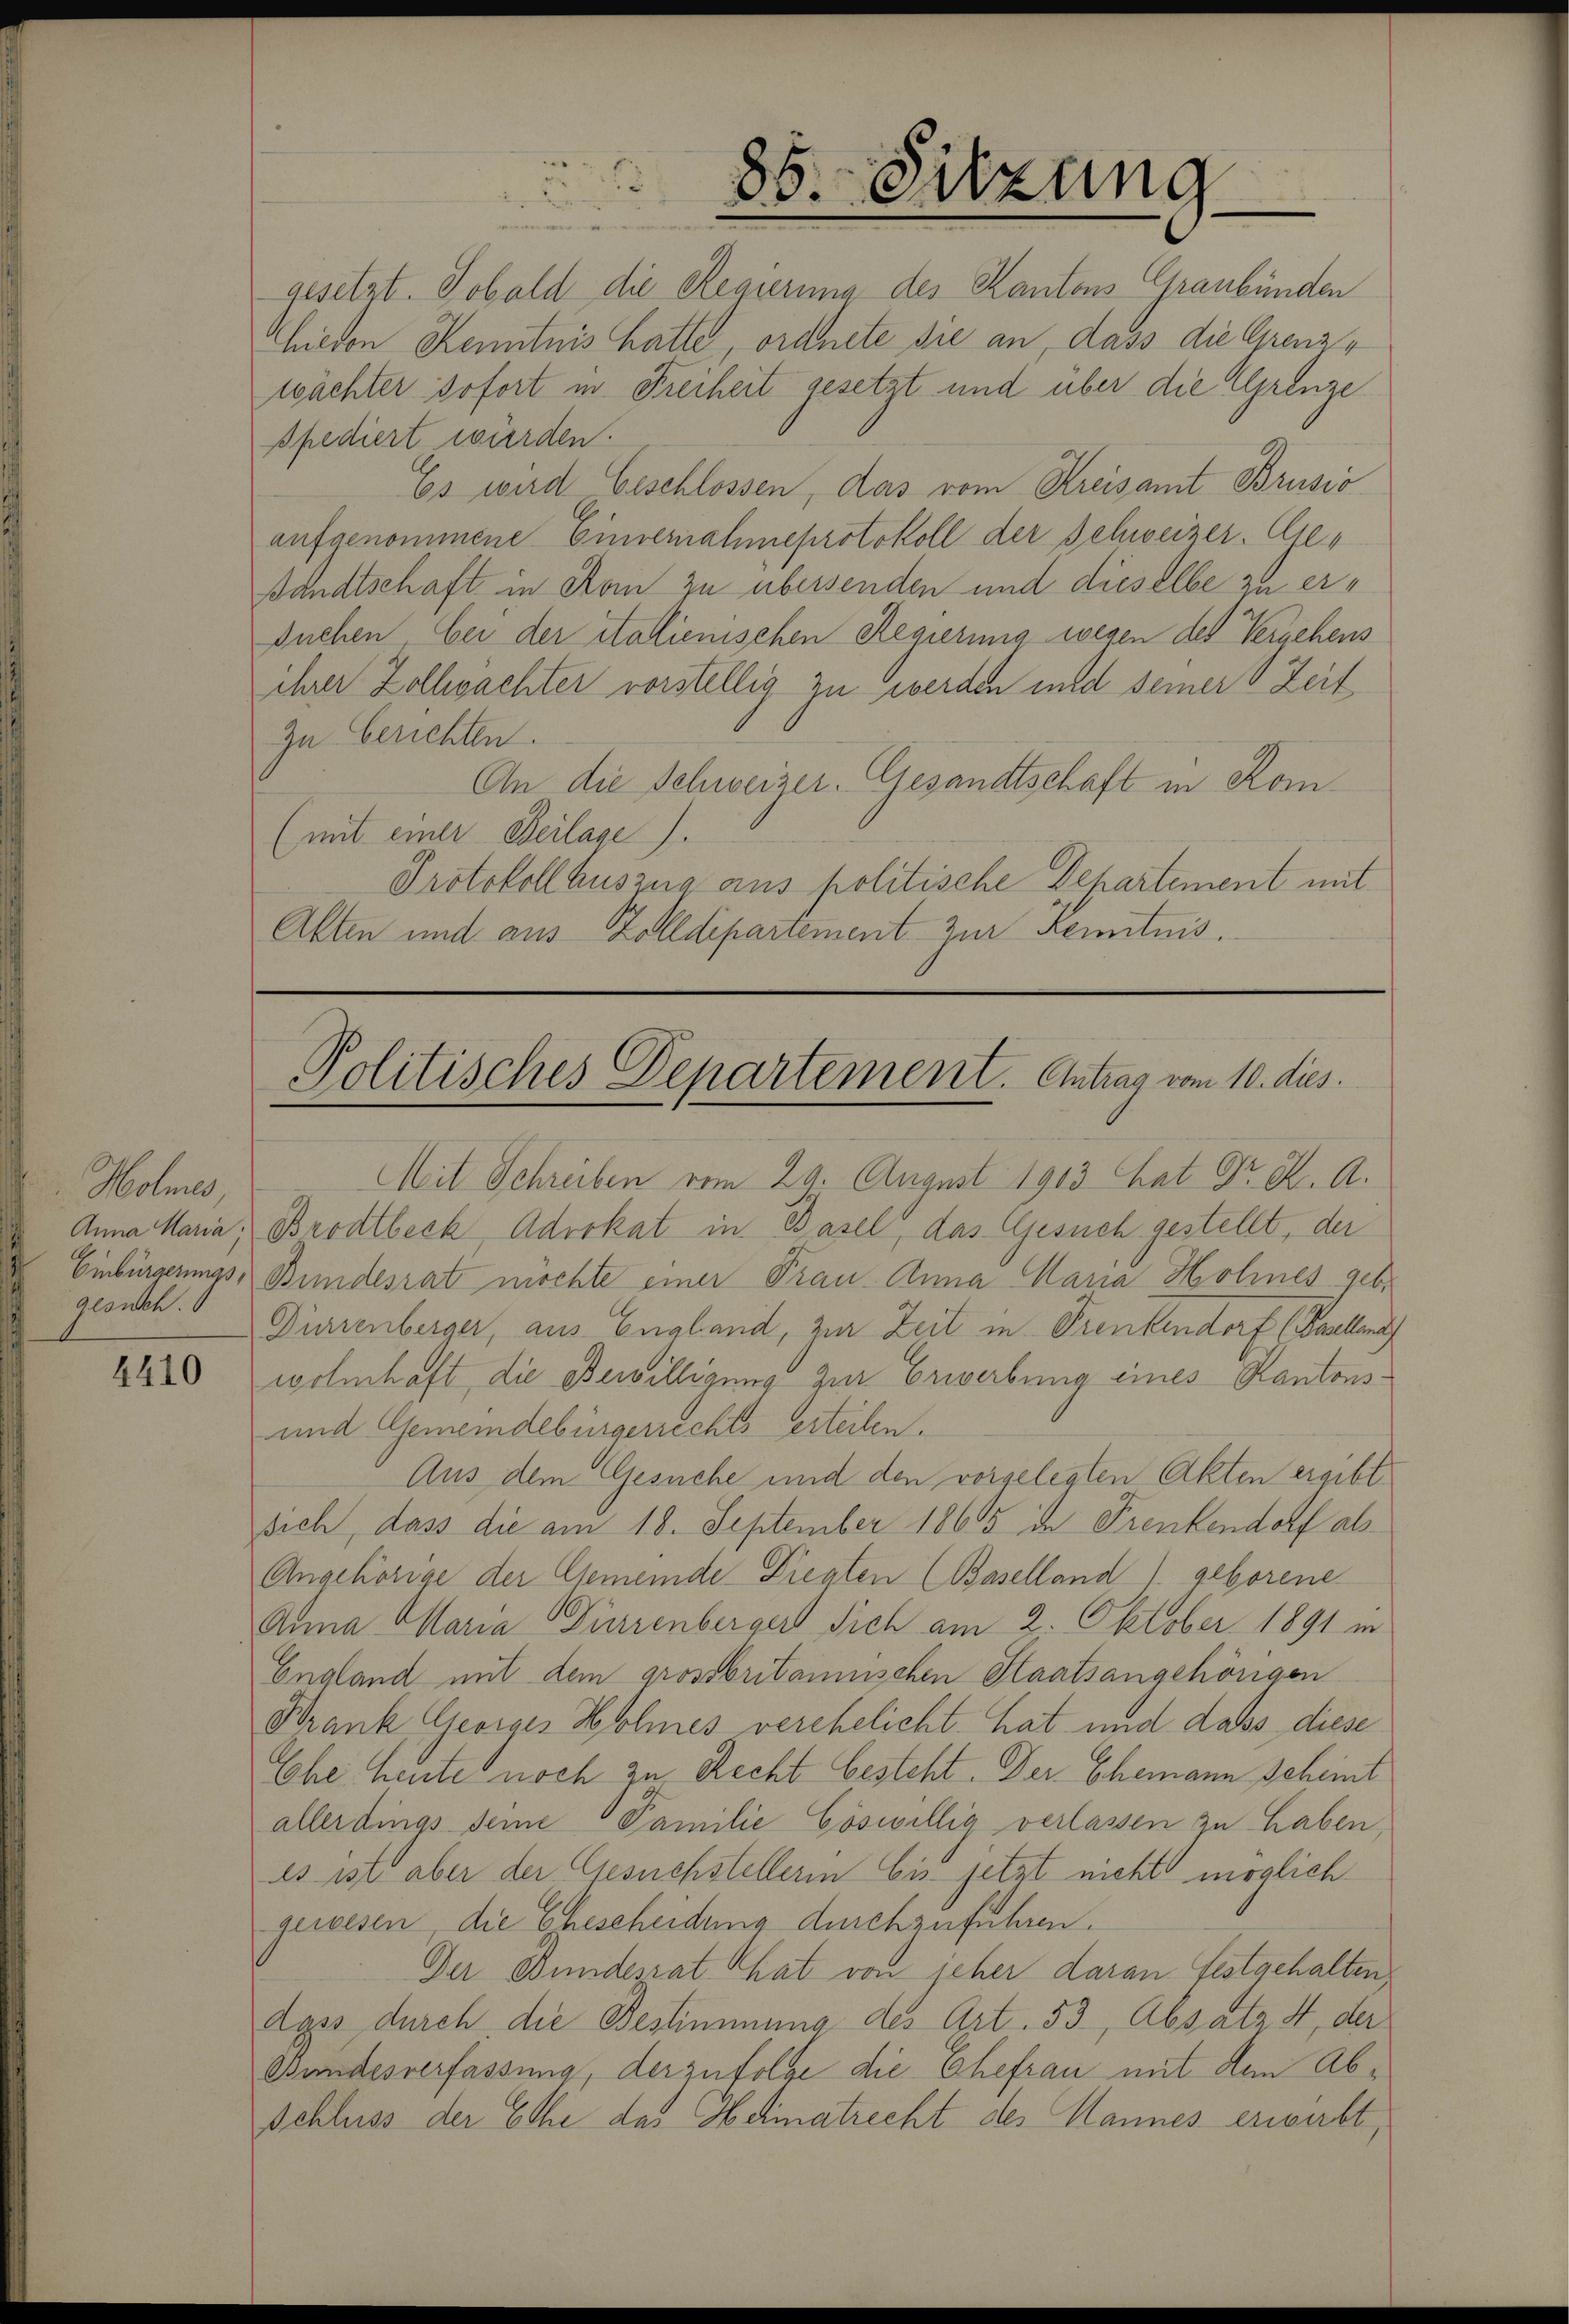
Holmes,
gesuch.

4410

85. Sitzung

gesetzt. Sobald die Regierung des Kantons Graubünden
Chieden Kenntnis hatte, ordnete sie an, dass die Grenze
wächter sofort in Freiheit gesetzt und über die Grenze
spediert würden.
Es wird beschlossen, das vom Kreisamt Brusio
aufgenommene Einvernahmeprotokoll der Schweizer. Gesandtschaft in San zu übersenden und dieselbe zu ersuchen, bei der italienischen Regierung wegen des Vergehens
ihrer Zollwachter vorstellig zu werden und seiner Zeit
Zu berichten.
An die Schweizer. Gesandtschaft in Kom¬
(mit einer Beilage).
Protokoll auszug aus politische Behartement mit
Alten und aus Zolldepartement zur Kenntnis.

Politisches Departement. Antrag vom 10. dies

Mit Schreiben vom 29. August 1913 hat Dr. K. A.
Anna Maria, Brodtbeck Advokat in Basel, das Gesuch gestellt, der
Einbürgerungs- Bundesrat möchte einer Frau Anna Maria Holmnes geb.
Dirrenberger, aus England, zur Zeit in Trenkendorf (Baselland
wolmhaft die Bewilligung zur Erwerbung eines Kantons¬
und Gemeindebürgerrechtserteilen.
Aus dem Gesuche und den vorgelegten Akten ergibt
sich, dass die am 18. September 1865 in Frenkendorf als
Angehörige der Gemeinde Diegten (Baselland 1. geborene
Anna Maria Furrenberger sich am 2. Oktober 1891 in
England mit dem grossbritannischen Staatsangehörigen
Krank Georges Hohnes verehelicht hat und dass diese
Ehe heute noch zu Recht besteht. Der Ehemann scheint
allerdings seine Familie Cöswillig verlassen zu haben,
es ist aber der Gesuchstellerin bis jetzt nicht möglich
gewesen, die Ehescheidung durchzuführen.
Der Bundesrat hat von jeher daran festgehalten,
dgss durch die Bestimmung des Art. 53, Absatz 4, der
Bundesverfassung, der zufolge die Ehefrau mit den Ab¬
Schluss der Ehe des Heimatrecht des Mannes erwirbt,